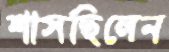
শাসছিলেন